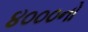
૪૦૦૦નો